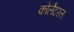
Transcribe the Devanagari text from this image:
कोलैटरल